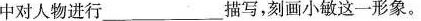
中对人物进行_____描写，刻画小敏这一形象。